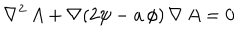
\nabla ^ { 2 } \, A + \nabla ( 2 \psi - a \, \phi ) \, \nabla \, A = 0